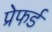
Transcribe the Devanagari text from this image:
प्रेफर्ड